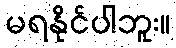
မရနိုင်ပါဘူး။